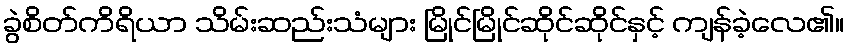
ခွဲစိတ်ကိရိယာ သိမ်းဆည်းသံများ မြိုင်မြိုင်ဆိုင်ဆိုင်နှင့် ကျန်ခဲ့လေ၏။